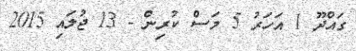
ގައްދޫ 1 އަހަރު 5 މަސް ކުރިން - 13 ޖުލައި 2015